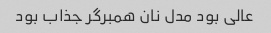
عالی بود مدل نان همبرگر جذاب بود